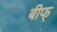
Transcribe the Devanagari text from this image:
बीफ्